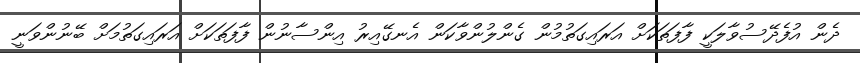
ދެން އުފެދޭސުވާލަކީ ފާފަތަކަށް އަރައިގަތުމުން ގެންލުންވާކަން އެނގޭއިރު އިންސާނުން ފާފަތަކަށް އަރައިގަތުމަށް ބޭނުންވަނީ